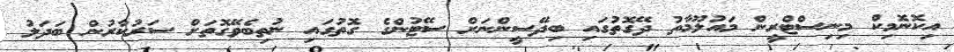
އިކޮނޮމިކް މިނިސްޓްރީން މައުލޫމާތު ދޭގޮތުގައި ބިދޭސީންނަށް ސޭޓުންގެ ގޮތުގައި ނުތިބެވޭގޮތަށް ސަރުކާރުން ބަދަލު